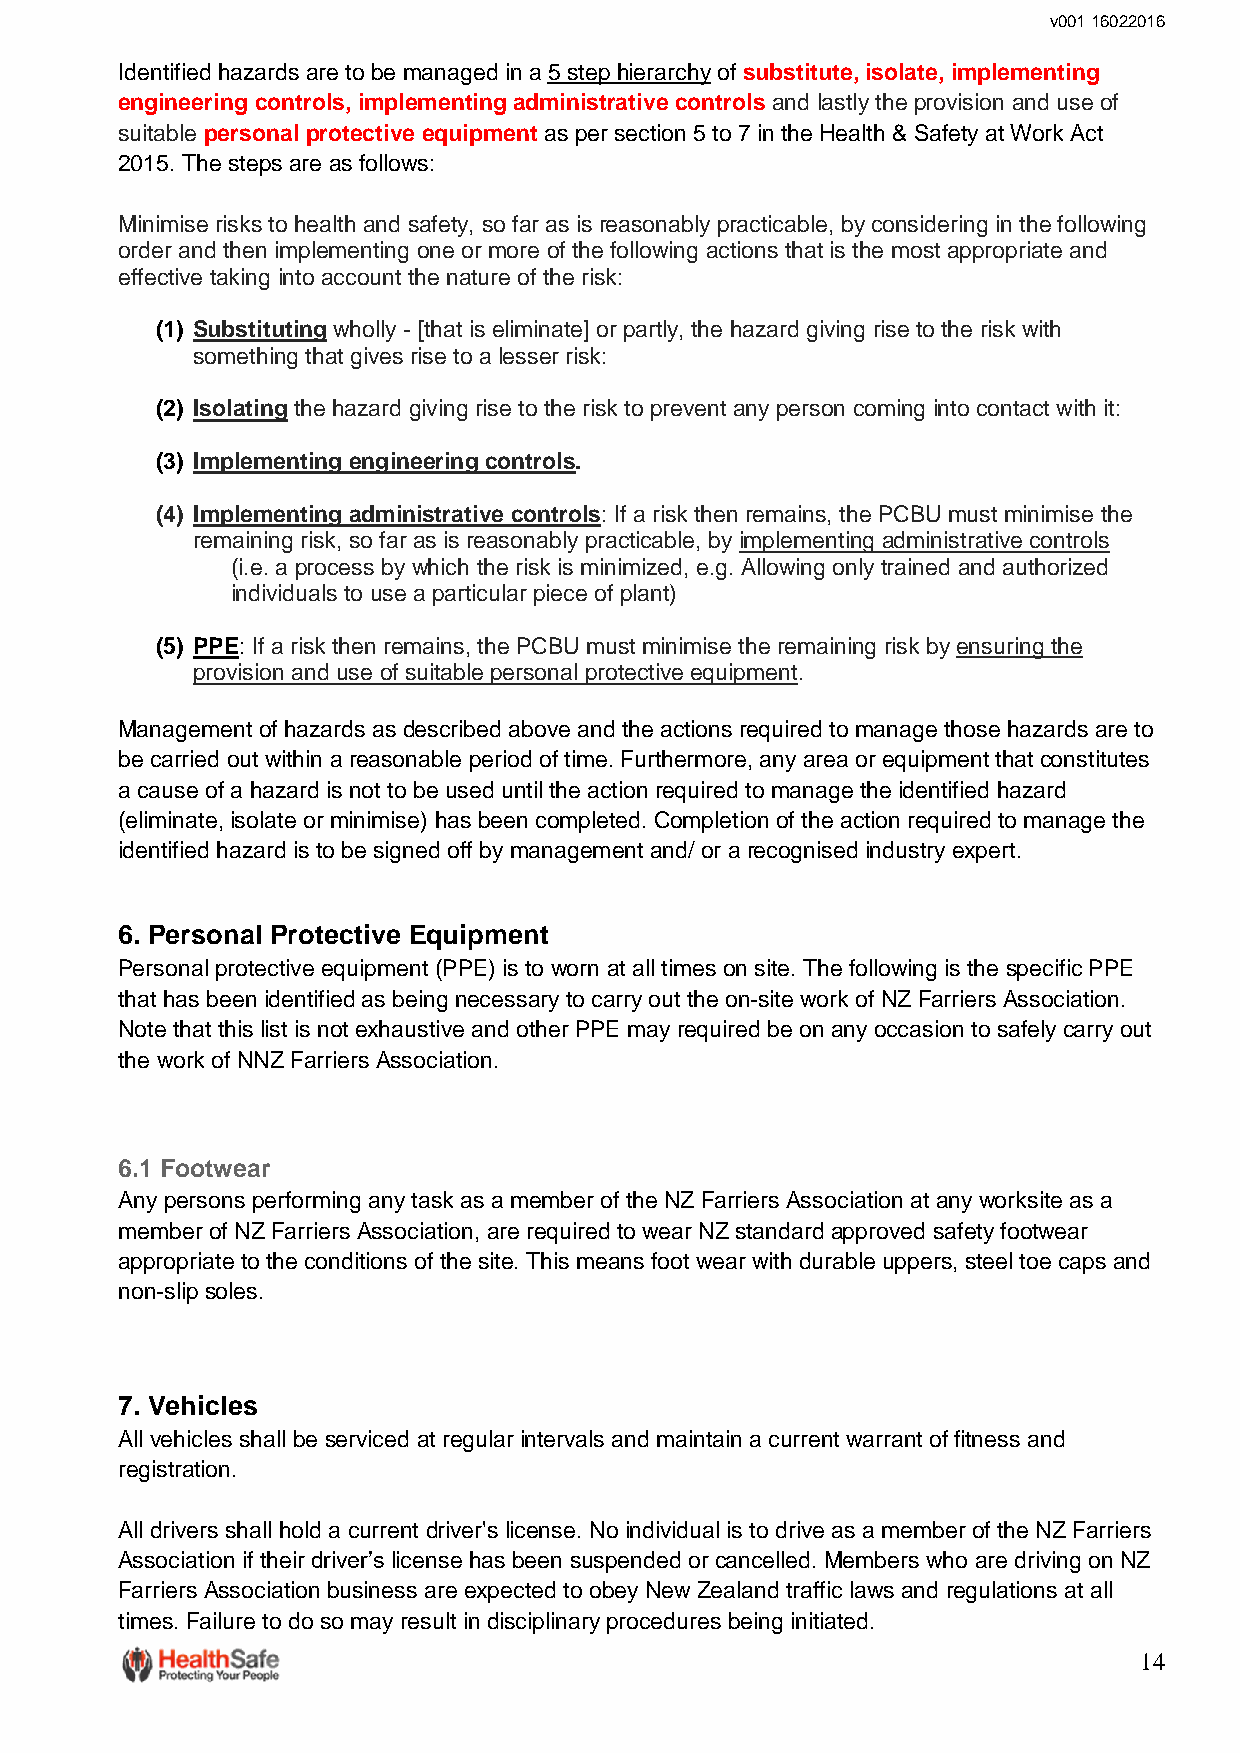
v001 16022016
 Identified hazards are to be managed in a 5 step hierarchy of substitute, isolate, implementing
 engineering controls, implementing administrative controls and lastly the provision and use of
 suitable personal protective equipment as per section 5 to 7 in the Health & Safety at Work Act
 2015. The steps are as follows:
 Minimise risks to health and safety, so far as is reasonably practicable, by considering in the following
 order and then implementing one or more of the following actions that is the most appropriate and
 effective taking into account the nature of the risk:
 (1) Substituting wholly - [that is eliminate] or partly, the hazard giving rise to the risk with
 something that gives rise to a lesser risk:
 (2) Isolating the hazard giving rise to the risk to prevent any person coming into contact with it:
 (3) Implementing engineering controls.
 (4) Implementing administrative controls: If a risk then remains, the PCBU must minimise the
 remaining risk, so far as is reasonably practicable, by implementing administrative controls
 (i.e. a process by which the risk is minimized, e.g. Allowing only trained and authorized
 individuals to use a particular piece of plant)
 (5) PPE: If a risk then remains, the PCBU must minimise the remaining risk by ensuring the
 provision and use of suitable personal protective equipment.
 Management of hazards as described above and the actions required to manage those hazards are to
 be carried out within a reasonable period of time. Furthermore, any area or equipment that constitutes
 a cause of a hazard is not to be used until the action required to manage the identified hazard
 (eliminate, isolate or minimise) has been completed. Completion of the action required to manage the
 identified hazard is to be signed off by management and/ or a recognised industry expert.
 6. Personal Protective Equipment
 Personal protective equipment (PPE) is to worn at all times on site. The following is the specific PPE
 that has been identified as being necessary to carry out the on-site work of NZ Farriers Association.
 Note that this list is not exhaustive and other PPE may required be on any occasion to safely carry out
 the work of NNZ Farriers Association.
 6.1 Footwear
 Any persons performing any task as a member of the NZ Farriers Association at any worksite as a
 member of NZ Farriers Association, are required to wear NZ standard approved safety footwear
 appropriate to the conditions of the site. This means foot wear with durable uppers, steel toe caps and
 non-slip soles.
 7. Vehicles
 All vehicles shall be serviced at regular intervals and maintain a current warrant of fitness and
 registration.
 All drivers shall hold a current driver's license. No individual is to drive as a member of the NZ Farriers
 Association if their driver’s license has been suspended or cancelled. Members who are driving on NZ
 Farriers Association business are expected to obey New Zealand traffic laws and regulations at all
 times. Failure to do so may result in disciplinary procedures being initiated.
 14